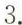
3.